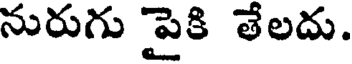
నురుగు పైకి తేలదు.